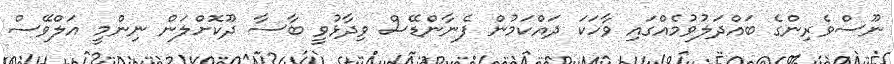
ނޫސްވެރިންގެ ބައްދަލުވުމެއްގައި ވާހަކަ ދައްކަމުން ފެނާންޑޭސް ވިދާޅުވީ ބާސާ ދޫކޮށްލަން ނިންމީ އަލްވޭސް